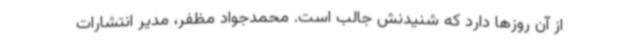
از آن روزها دارد که شنیدنش جالب است. محمدجواد مظفر، مدیر انتشارات